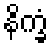
နိက္ခံ